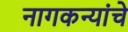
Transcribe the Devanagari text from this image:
नागकन्यांचे